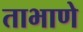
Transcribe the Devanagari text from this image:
ताभाणे